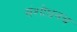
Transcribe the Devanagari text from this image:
संशोधनच